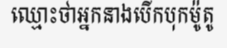
ឈ្មោះថាអ្នកនាងបើកបុកម៉ូតូ